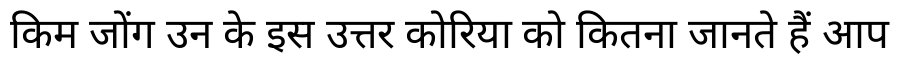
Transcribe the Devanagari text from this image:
किम जोंग उन के इस उत्तर कोरिया को कितना जानते हैं आप